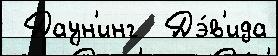
 Даун'инг  Дэ́в'ида